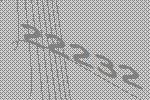
22232